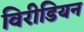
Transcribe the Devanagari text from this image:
विरीडियन